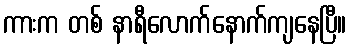
ကားက တစ် နာရီလောက်နောက်ကျနေပြီ။